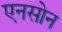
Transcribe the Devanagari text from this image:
एनसोन